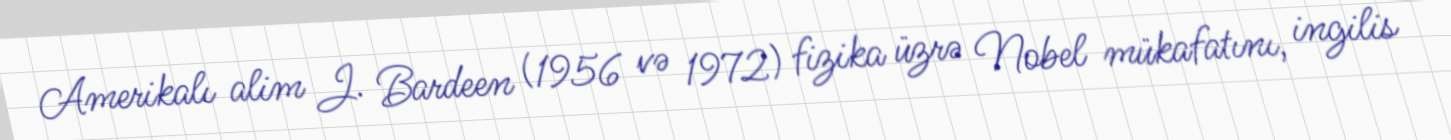
Amerikalı alim J. Bardeen (1956 və 1972) fizika üzrə Nobel mükafatını, ingilis